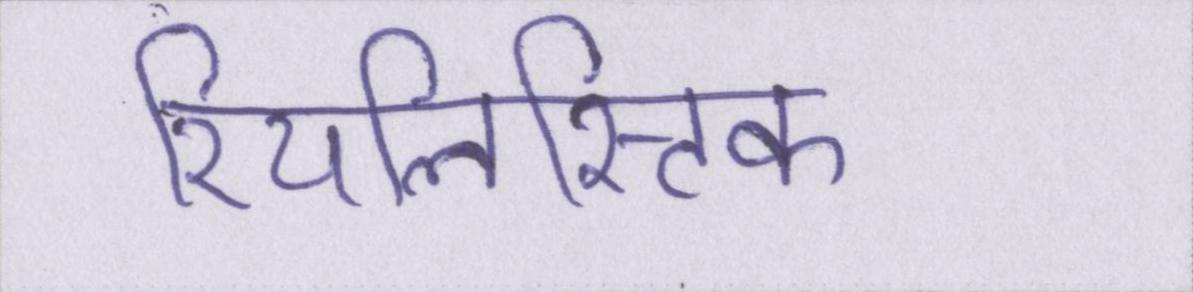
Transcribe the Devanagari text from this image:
रियलिस्टिक